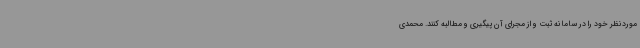
موردنظر خود را در سامانه ثبت و از مجرای آن پیگیری و مطالبه کنند. محمدی